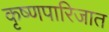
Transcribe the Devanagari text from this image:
कृष्णपारिजात